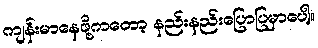
ကျန်းမာနေဖို့ကတော့ နည်းနည်းပြောပြမှာပေါ့။